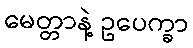
မေတ္တာနဲ့ ဥပေက္ခာ